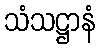
သံသဋ္ဌာနံ